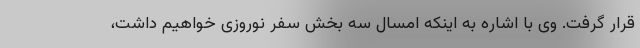
قرار گرفت. وی با اشاره به اینکه امسال سه بخش سفر نوروزی خواهیم داشت،